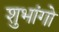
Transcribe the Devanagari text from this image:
शुभांगो